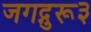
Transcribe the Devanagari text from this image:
जगद्गुरू३